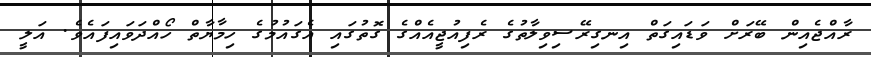
ރާއްޖެއިން ބޭރަށް ވަޑައިގަތް އިނގިރޭސިވިލާތުގެ ރެފިއުޖީއެއްގެ ގޮތުގައި އެގައުމުގެ ހިމާޔާތް ހޯއްދަވައިފައެވެ. އަލީ